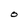
Character: O